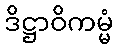
ဒိဋ္ဌာဝိကမ္မံ